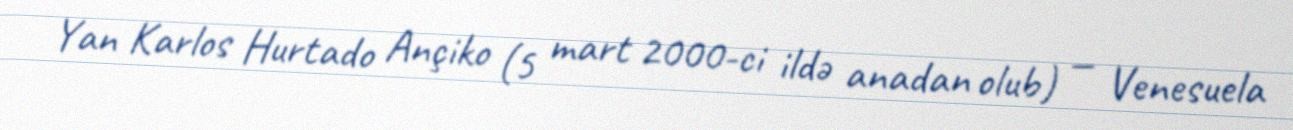
Yan Karlos Hurtado Ançiko (5 mart 2000-ci ildə anadan olub) — Venesuela